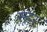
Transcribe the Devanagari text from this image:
सूंदर